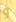
و